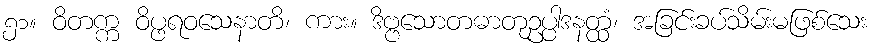
၅၁။ ဝိတက္က ဝိပ္ဖရဝသေနာတိ၊ ကား။ ဒိဗ္ဗသောတဓာတုဥပ္ပါဒနတ္ထံ၊ အခြင်းခပ်သိမ်းမဖြစ်သေး